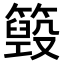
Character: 𥵓